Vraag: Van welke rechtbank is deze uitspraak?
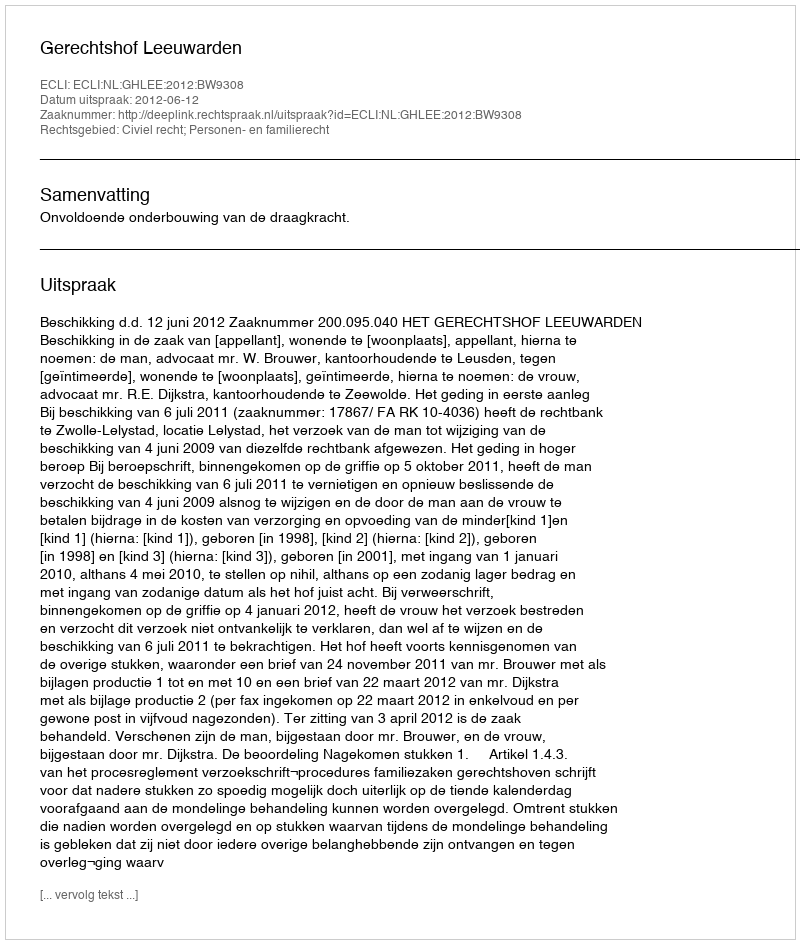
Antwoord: Gerechtshof Leeuwarden